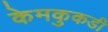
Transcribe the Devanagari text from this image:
केमकुकडी